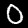
Label: 0